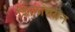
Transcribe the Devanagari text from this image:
शिलाचयन